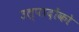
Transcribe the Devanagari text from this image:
उत्पादोंको